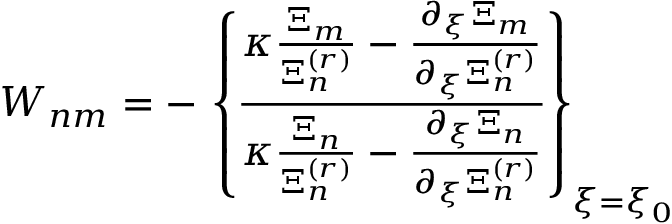
W _ { n m } = - \, \left\{ \frac { \kappa \frac { \Xi _ { m } } { \Xi _ { n } ^ { ( r ) } } - \frac { \partial _ { \xi } \Xi _ { m } } { \partial _ { \xi } \Xi _ { n } ^ { ( r ) } } } { \kappa \frac { \Xi _ { n } } { \Xi _ { n } ^ { ( r ) } } - \frac { \partial _ { \xi } \Xi _ { n } } { \partial _ { \xi } \Xi _ { n } ^ { ( r ) } } } \right\} _ { \xi = \xi _ { 0 } }